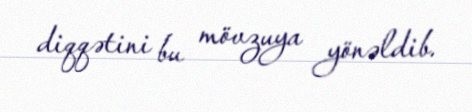
diqqətini bu mövzuya yönəldib.